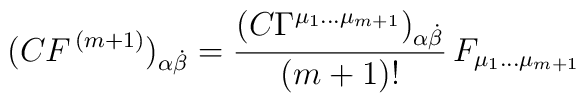
(C{ F}^{\,(m+1)})_{\alpha{\dot{\beta}}} =\frac{\left( C \Gamma^{{\mu_1} \dots{\mu}_{m+1}} \right)_{\alpha{\dot{\beta}}}}{ (m+1)!} \,F_{\mu_1 \dots \mu_{m+1}}